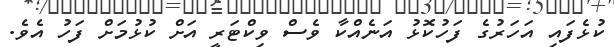
ކުޅެފައި އަހަރުގެ ފަހުކޮޅު އަނެއްކާ ވެސް ވިކްޓަރީ އަށް ކުޅުމަށް ފަހު އެވެ.